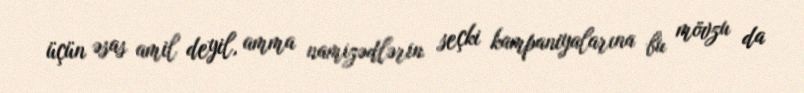
üçün əsas amil deyil, amma namizədlərin seçki kampaniyalarına bu mövzu da